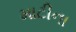
માટીના